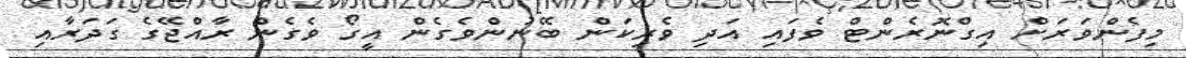
މިފެންވަރަށް އިގްނޮރެންޓް ވެފައި އަދި ވެރިކަން ބޭނުންވެގެން އީގޯ ވެގެން ރާއްޖޭގެ ގަދަރާއި